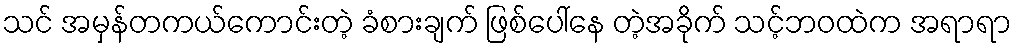
သင် အမှန်တကယ်ကောင်းတဲ့ ခံစားချက် ဖြစ်ပေါ်နေ တဲ့အခိုက် သင့်ဘဝထဲက အရာရာ